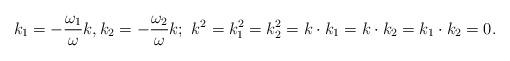
LaTeX: \begin{align*}k_1=-{\omega_1\over\omega}k,k_2=-{\omega_2\over\omega}k;\,\,k^2=k_1^2=k_2^2=k\cdot k_1=k\cdot k_2=k_1\cdot k_2=0.\end{align*}